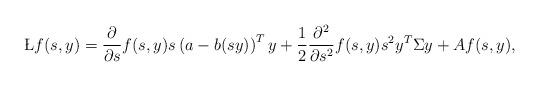
LaTeX: \begin{align*}\L f(s,y) = \frac{\partial }{\partial s}f(s,y) s \left(a - b(sy)\right)^T y + \frac{1}{2} \frac{\partial^2 }{\partial s^2}f(s,y) s^2 y^T \Sigma y + A f(s,y),\end{align*}